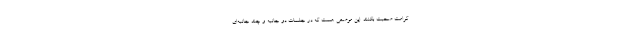
کرامت صحبت بکنند. این موضعی هست که در جلسات دو جانبه و چند جانبه‌ای